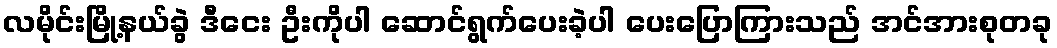
လမိုင်းမြို့နယ်ခွဲ ဒီငေး ဦးကိုပါ ဆောင်ရွက်ပေးခဲ့ပါ ပေးပြောကြားသည် အင်အားစုတခု